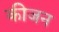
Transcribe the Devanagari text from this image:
कीजन